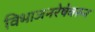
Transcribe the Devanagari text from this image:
विभाजनरेषेवरुन